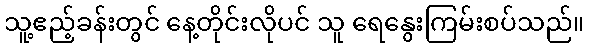
သူ့ဧည့်ခန်းတွင် နေ့တိုင်းလိုပင် သူ ရေနွေးကြမ်းစပ်သည်။